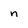
Character: n